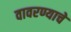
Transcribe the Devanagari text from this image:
वावरण्याचे